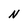
Character: N